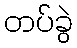
တပ်ခွဲ